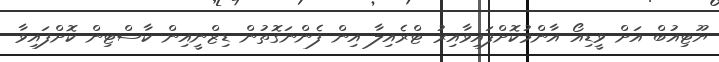
ޔޫޓިއުބް އަށް ވީޑިއޯ އާންމުކޮށްފައިވާއިރު ޓްރެއިލާ އިން ފެންނަގޮތުން ޑިޒްނީއިން ކާސްޓިން ކޮށްފައިވާ